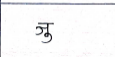
मजकूर: जु